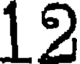
12